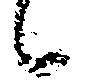
候